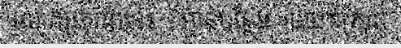
លោកប្រាណនេះ ...អានបន្ថែម »មហោស្រព